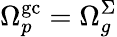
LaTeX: \Omega_{p}^{\mathrm{gc}}=\Omega_{g}^{\Sigma}